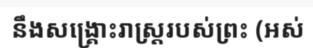
នឹងសង្គ្រោះរាស្ត្ររបស់ព្រះ (អស់